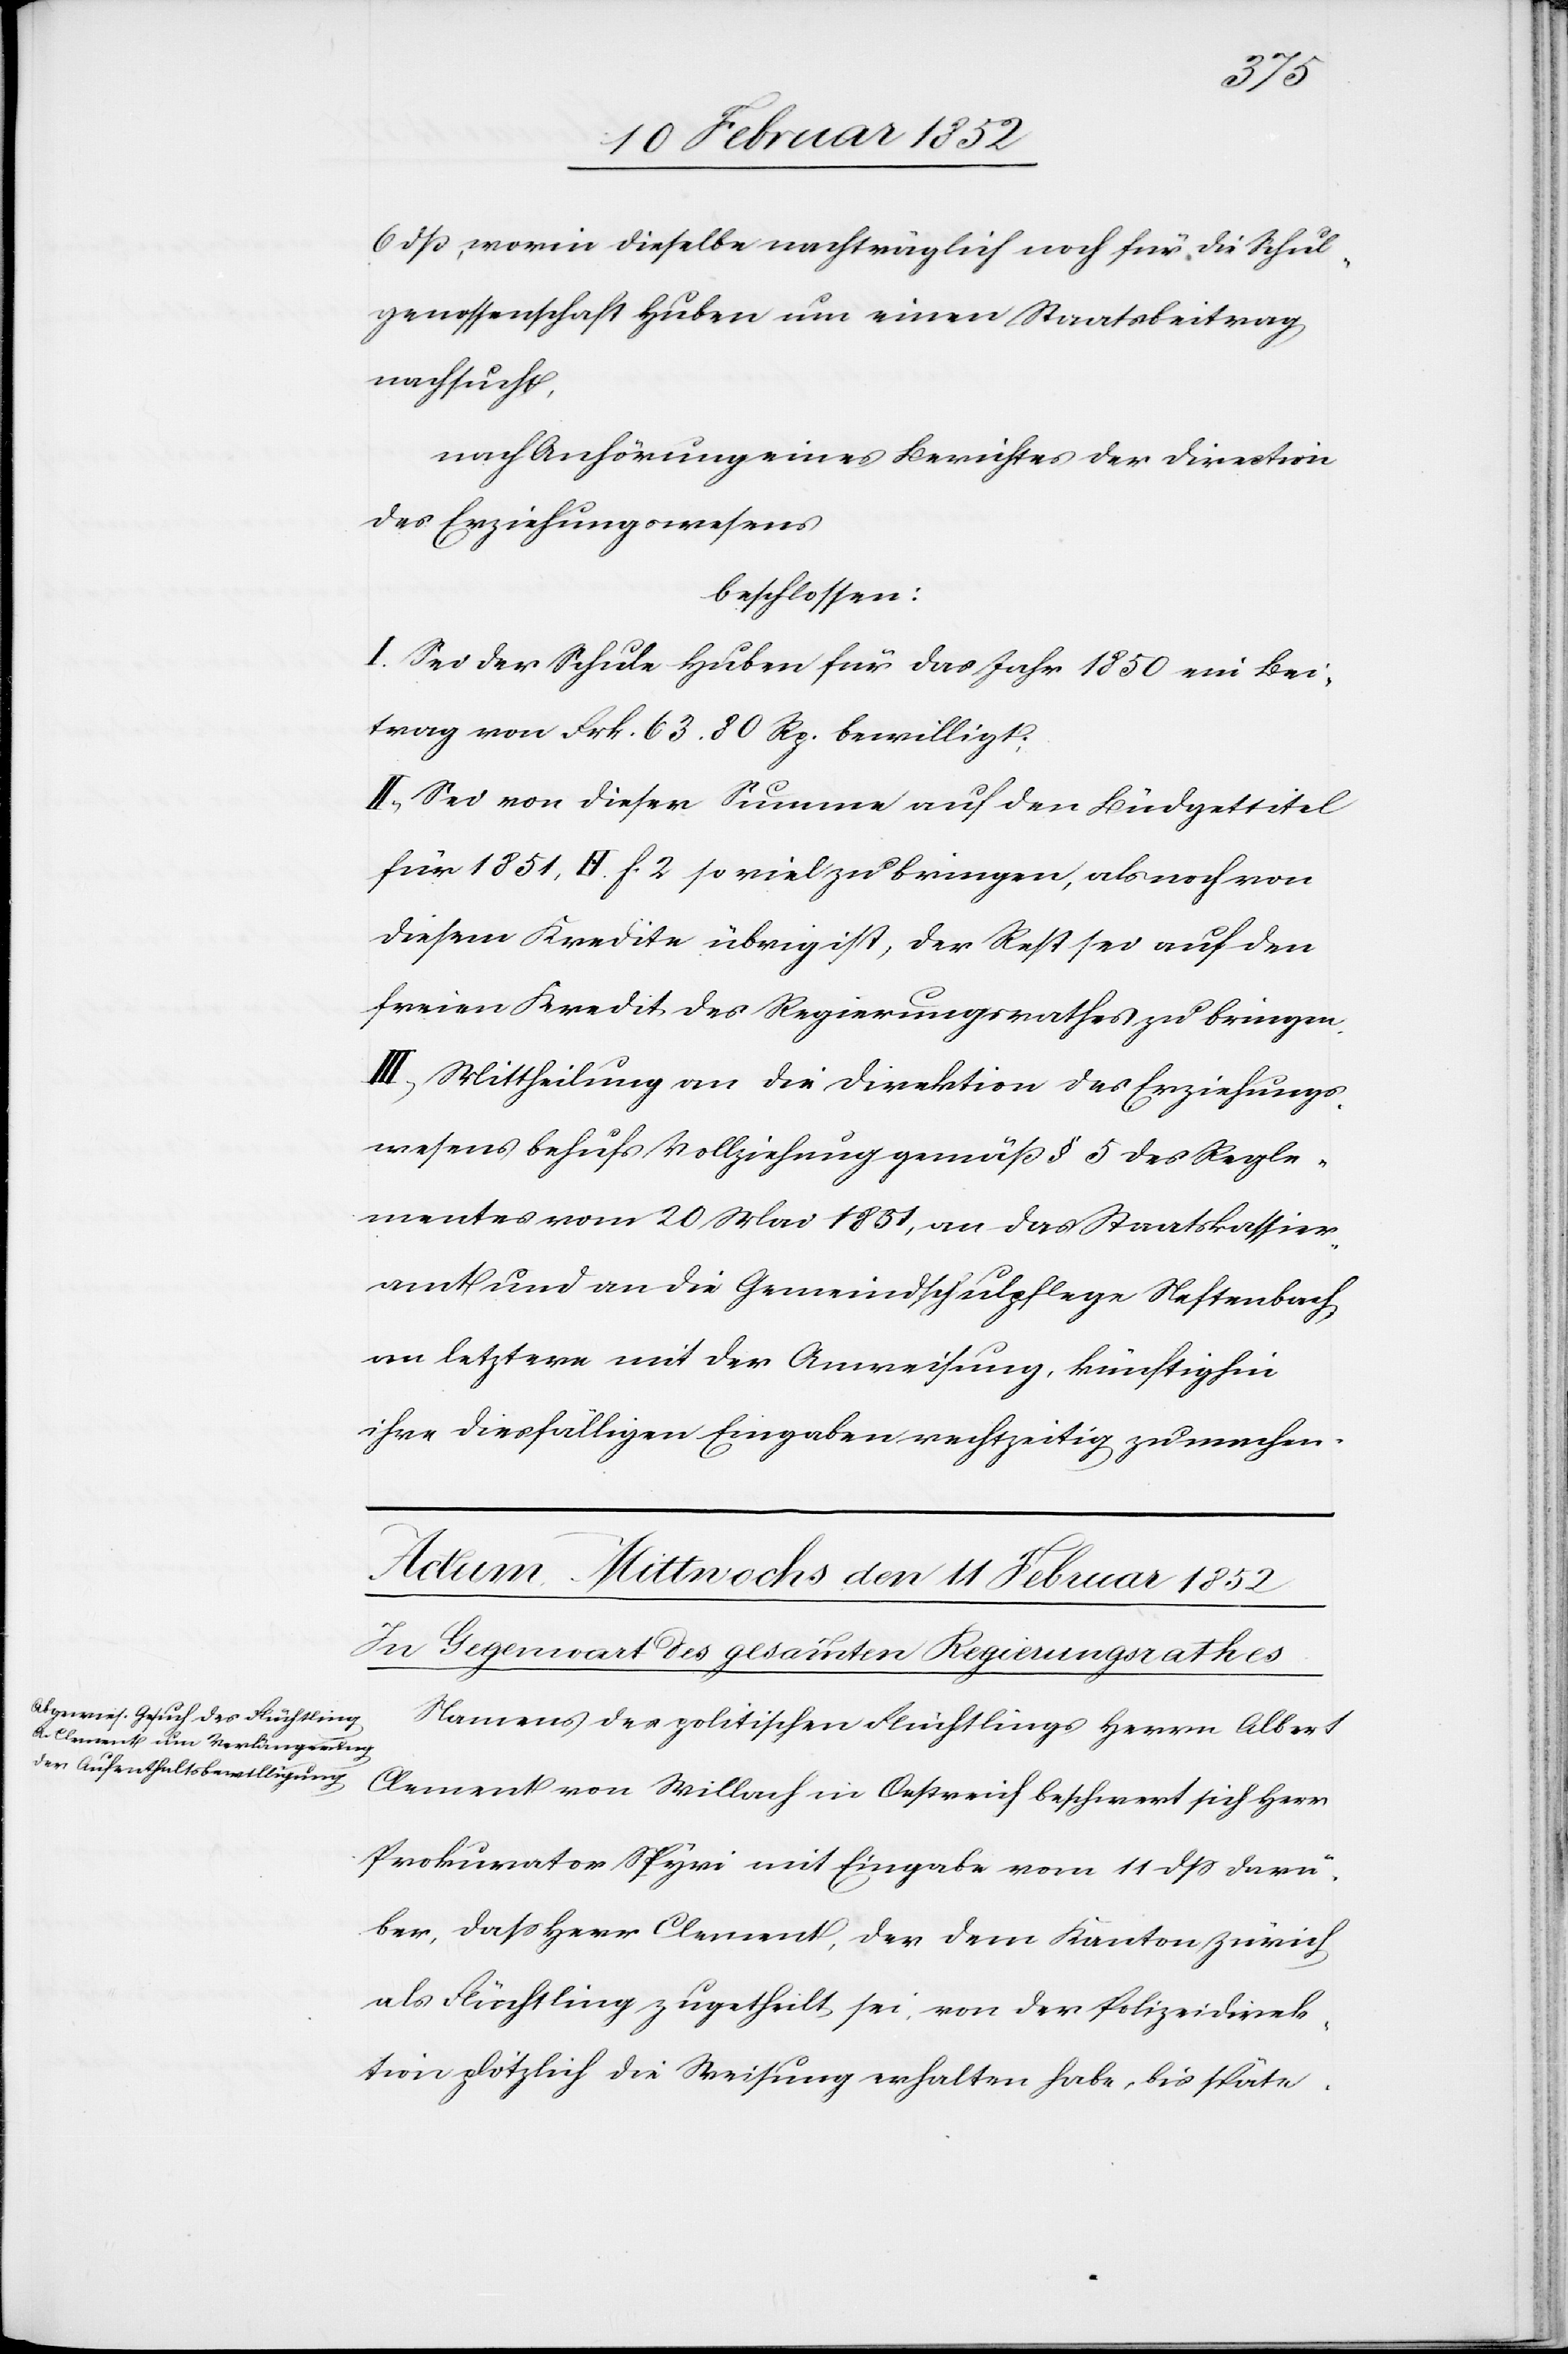
6 dß, worin dieselbe nachträglich noch für die Schul¬
genossenschaft Huber um einen Staatsbeitrag
nachsucht,
nach Anhörung eines Berichtes der Direction
des Erziehungswesens
beschlossen:
I. Sei der Schule Huben für das Jahr 1850 ein Bei¬
trag von Frk. 63 80 Rp. bewilligt:
II.) Sei von dieser Summe auf den Büdgettitel
für 1851, H. h. 2 so viel zu bringen, als noch von
diesem Kredite übrig ist, der Rest sei auf den
freien Kredit des Regierungsrathes zu bringen.
III) Mittheilung an die Direktion des Erziehungs¬
wesens behufs Vollziehung gemäß § 5 es Regle¬
ments vom 20 Mai 1831, an das Staatskassier¬
amt und an die Gemeindsschulpflege Neftenbach
an letztere mit der Anweisung, künftighin
ihre dießfälligen Eingaben rechtzeitig zu machen.
Namens des politischen Flüchtlings Herrn Albert
Clement von Willach in Oestreich beschwert sich Herrn
Prokurator Spyri mit Eingabe vom 11 dß darü¬
ber, daß Herr Clement, der dem Kanton Zürich
als Flüchtling zugetheilt sei, von der Polizeidirek¬
tion plötzlich die Weisung erhalten habe, bis späte-